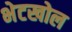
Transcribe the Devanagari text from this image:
भेटखोल